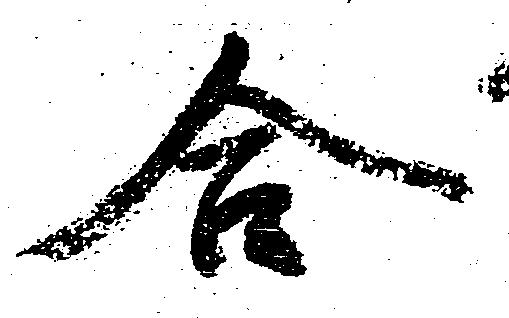
合